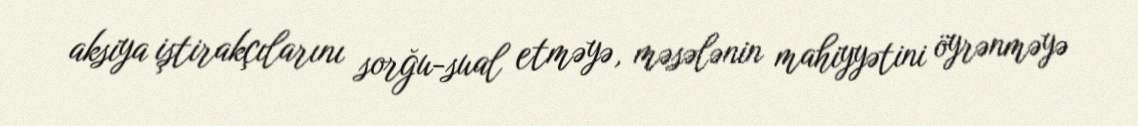
aksiya iştirakçılarını sorğu-sual etməyə, məsələnin mahiyyətini öyrənməyə